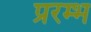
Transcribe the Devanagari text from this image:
प्ररम्भ